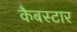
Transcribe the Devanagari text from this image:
कैबस्टार